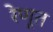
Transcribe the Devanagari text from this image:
रेणूत